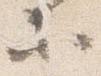
等